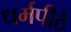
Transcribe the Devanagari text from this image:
धर्मपीठे